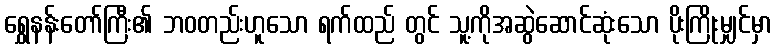
ရွှေနန်းတော်ကြီး၏ ဘဝတည်းဟူသော ရက်ထည် တွင် သူ့ကိုအဆွဲဆောင်ဆုံးသော ပိုးကြိုးမျှင်မှာ